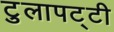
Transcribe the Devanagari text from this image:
टुलापट्टी